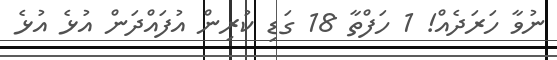
ނުވާ ހަރަދެއް! 1 ހަފްތާ 18 ގަޑި ކުރިން އުފައްދަން އުޅެ އުޅެ